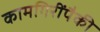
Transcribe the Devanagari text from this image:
कामगिरींपैकी